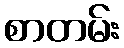
စာတမ်း